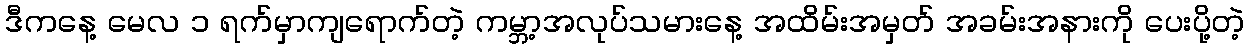
ဒီကနေ့ မေလ ၁ ရက်မှာကျရောက်တဲ့ ကမ္ဘာ့အလုပ်သမားနေ့ အထိမ်းအမှတ် အခမ်းအနားကို ပေးပို့တဲ့